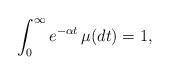
LaTeX: \begin{align*}\int_0^{\infty} e^{- \alpha t} \, \mu(dt) = 1,\end{align*}